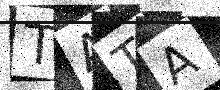
Text: TATA